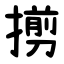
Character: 㨵